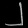
Digit: ၂